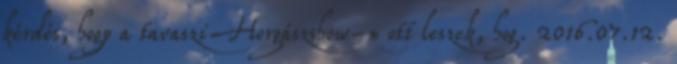
kérdés, hogy a tavaszi Horgászshow-n ott leszek, hog. 2016.07.12.